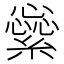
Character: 繠